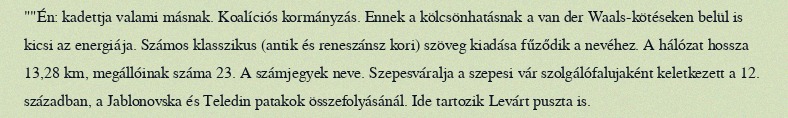
""Én: kadettja valami másnak. Koalíciós kormányzás. Ennek a kölcsönhatásnak a van der Waals-kötéseken belül is kicsi az energiája. Számos klasszikus (antik és reneszánsz kori) szöveg kiadása fűződik a nevéhez. A hálózat hossza 13,28 km, megállóinak száma 23. A számjegyek neve. Szepesváralja a szepesi vár szolgálófalujaként keletkezett a 12. században, a Jablonovska és Teledin patakok összefolyásánál. Ide tartozik Levárt puszta is.